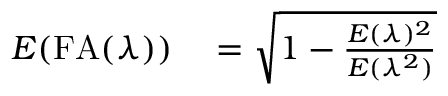
\begin{array} { r l } { E ( \mathrm { F A } ( \lambda ) ) } & { { } = \sqrt { 1 - \frac { E ( \lambda ) ^ { 2 } } { E ( \lambda ^ { 2 } ) } } } \end{array}